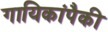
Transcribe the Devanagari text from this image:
गायिकांपैकी